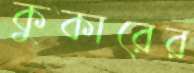
কুকারের